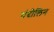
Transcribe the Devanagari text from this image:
मंदोलिन